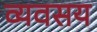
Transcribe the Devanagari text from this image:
व्यवसय